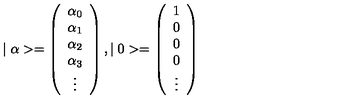
\mid \alpha > = \left( \begin{array} { c } { \alpha _ { 0 } } \\ { \alpha _ { 1 } } \\ { \alpha _ { 2 } } \\ { \alpha _ { 3 } } \\ { \vdots } \\ \end{array} \right) , \mid 0 > = \left( \begin{array} { c } { 1 } \\ { 0 } \\ { 0 } \\ { 0 } \\ { \vdots } \\ \end{array} \right)